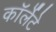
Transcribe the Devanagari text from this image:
कॉर्लेटे